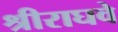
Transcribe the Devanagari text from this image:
श्रीराघवे